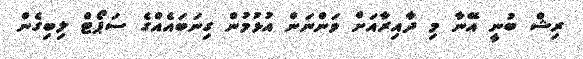
ރިޝް ބުނީ އޭނާ މި ދާއިރާއަށް ވަންނަން އުޅުމުން ގިނަބައެއްގެ ސަޕޯޓް ލިބިގެން